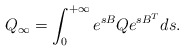
\begin{align*}Q_{\infty}=\int_0^{+\infty}e^{sB}Qe^{sB^T}ds.\end{align*}